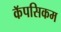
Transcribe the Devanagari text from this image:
कॅपसिकम